Annual statistical returns and brief notes on vaccination in Bengal - 1887-1898
Year: 1887
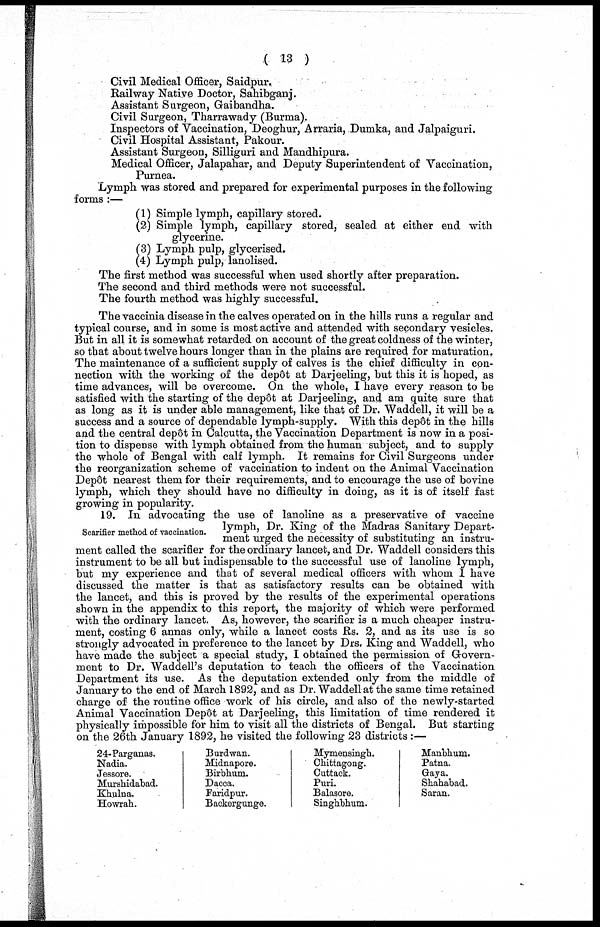
( 13 )
Civil Medical Officer, Saidpur.
Railway Native Doctor, Sahibganj.
Assistant Surgeon, Gaibandha.
Civil Surgeon, Tharrawady (Burma).
Inspectors of Vaccination, Deoghur, Arraria, Dumka, and Jalpaiguri.
Civil Hospital Assistant, Pakour.
Assistant Surgeon, Silliguri and Mandhipura.
Medical Officer, Jalapahar, and Deputy Superintendent of Vaccination,
Purnea.
Lymph was stored and prepared for experimental purposes in the following
forms :—
(1) Simple lymph, capillary stored.
(2) Simple lymph, capillary stored, sealed at either end with
glycerine.
(3) Lymph pulp, glycerised.
(4) Lymph pulp, lanolised.
The first method was successful when used shortly after preparation.
The second and third methods were not successful.
The fourth method was highly successful.
The vaccinia disease in the calves operated on in the hills runs a regular and
typical course, and in some is most active and attended with secondary vesicles.
But in all it is somewhat retarded on account of the great coldness of the winter,
so that about twelve hours longer than in the plains are required for maturation.
The maintenance of a sufficient supply of calves is the chief difficulty in con-
nection with the working of the depôt at Darjeeling, but this it is hoped, as
time advances, will be overcome. On the whole, I have every reason to be
satisfied with the starting of the depôt at Darjeeling, and am quite sure that
as long as it is under able management, like that of Dr. Waddell, it will be a
success and a source of dependable lymph-supply. With this depôt in the hills
and the central depôt in Calcutta, the Vaccination Department is now in a posi-
tion to dispense with lymph obtained from the human subject, and to supply
the whole of Bengal with calf lymph. It remains for Civil Surgeons under
the reorganization scheme of vaccination to indent on the Animal Vaccination
Depôt nearest them for their requirements, and to encourage the use of bovine
lymph, which they should have no difficulty in doing, as it is of itself fast
growing in popularity.
Scarifier method of vaccination.
19. In advocating the use of lanoline as a preservative of vaccine
lymph, Dr. King of the Madras Sanitary Depart-
ment urged the necessity of substituting an instru-
ment called the scarifier for the ordinary lancet, and Dr. Waddell considers this
instrument to be all but indispensable to the successful use of lanoline lymph,
but my experience and that of several medical officers with whom I have
discussed the matter is that as satisfactory results can be obtained with
the lancet, and this is proved by the results of the experimental operations
shown in the appendix to this report, the majority of which were performed
with the ordinary lancet. As, however, the scarifier is a much cheaper instru-
ment, costing 6 annas only, while a lancet costs Rs. 2, and as its use is so
strongly advocated in preference to the lancet by Drs. King and Waddell, who
have made the subject a special study, I obtained the permission of Govern-
ment to Dr. Waddell's deputation to teach the officers of the Vaccination
Department its use. As the deputation extended only from the middle of
January to the end of March 1892, and as Dr. Waddell at the same time retained
charge of the routine office work of his circle, and also of the newly-started
Animal Vaccination Depôt at Darjeeling, this limitation of time rendered it
physically impossible for him to visit all the districts of Bengal. But starting
on the 26th January 1892, he visited the following 23 districts :—
24-Parganas.
Nadia.
Jessore.
Murshidabad.
Khulna.
Howrah.
Burdwan.
Midnapore.
Birbhum.
Dacca.
Faridpur.
Backergunge.
Mymensingh.
Chittagong.
Outtack.
Puri.
Balasore.
Singhbhum.
Manbhum.
Patna.
Gaya.
Shahabad.
Saran.